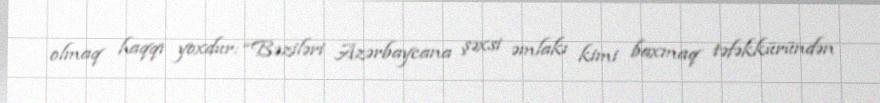
olmaq haqqı yoxdur: “Bəziləri Azərbaycana şəxsi əmlakı kimi baxmaq təfəkküründən